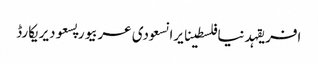
افریقہدنیافلسطینایرانسعودی عربیورپسعودیریکارڈ